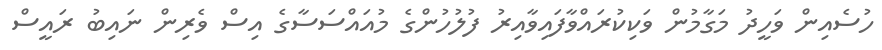
ހުސެއިން ވަހީދު މަގާމުން ވަކިކުރައްވާފައިވާއިރު ފުލުހުންގެ މުއައްސަސާގެ އިސް ވެރިން ނައިބު ރައީސް